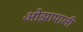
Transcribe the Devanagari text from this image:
ओझापाली